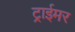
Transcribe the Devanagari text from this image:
ट्राईमर